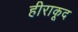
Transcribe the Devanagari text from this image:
हीराकूद